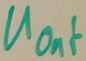
Text: UOut